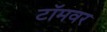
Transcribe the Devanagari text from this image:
टॉमवर